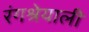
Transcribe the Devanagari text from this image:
रंगश्रेयाली